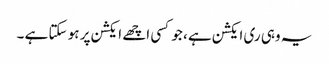
یہ وہی ری ایکشن ہے ، جو کسی اچھے ایکشن پر ہو سکتا ہے ۔